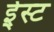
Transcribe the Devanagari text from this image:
ई्स्ट